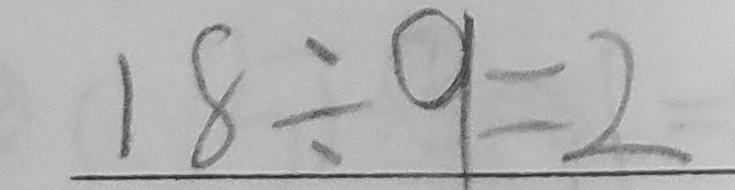
1 8 \div 9 = 2